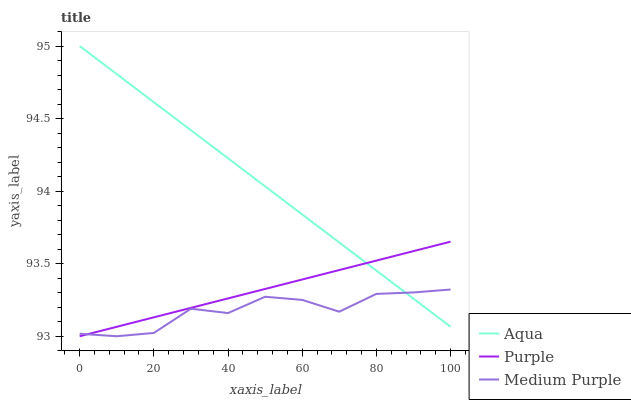
| xaxis_label | Aqua | Purple | Medium Purple |
 | --- | --- | --- | --- |
 | 0 | 95 | 93 | 93 |
 | 10 | 94.8 | 93.1 | 93 |
 | 20 | 94.6 | 93.1 | 93 |
 | 30 | 94.4 | 93.2 | 93.2 |
 | 40 | 94.2 | 93.3 | 93.2 |
 | 50 | 94 | 93.3 | 93.3 |
 | 60 | 93.8 | 93.4 | 93.3 |
 | 70 | 93.6 | 93.5 | 93.2 |
 | 80 | 93.5 | 93.5 | 93.3 |
 | 90 | 93.3 | 93.6 | 93.3 |
 | 100 | 93.1 | 93.7 | 93.3 |